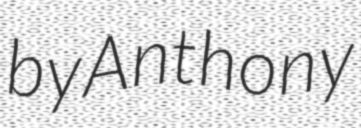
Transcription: by Anthony